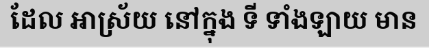
ដែល អាស្រ័យ នៅក្នុង ទី ទាំងឡាយ មាន